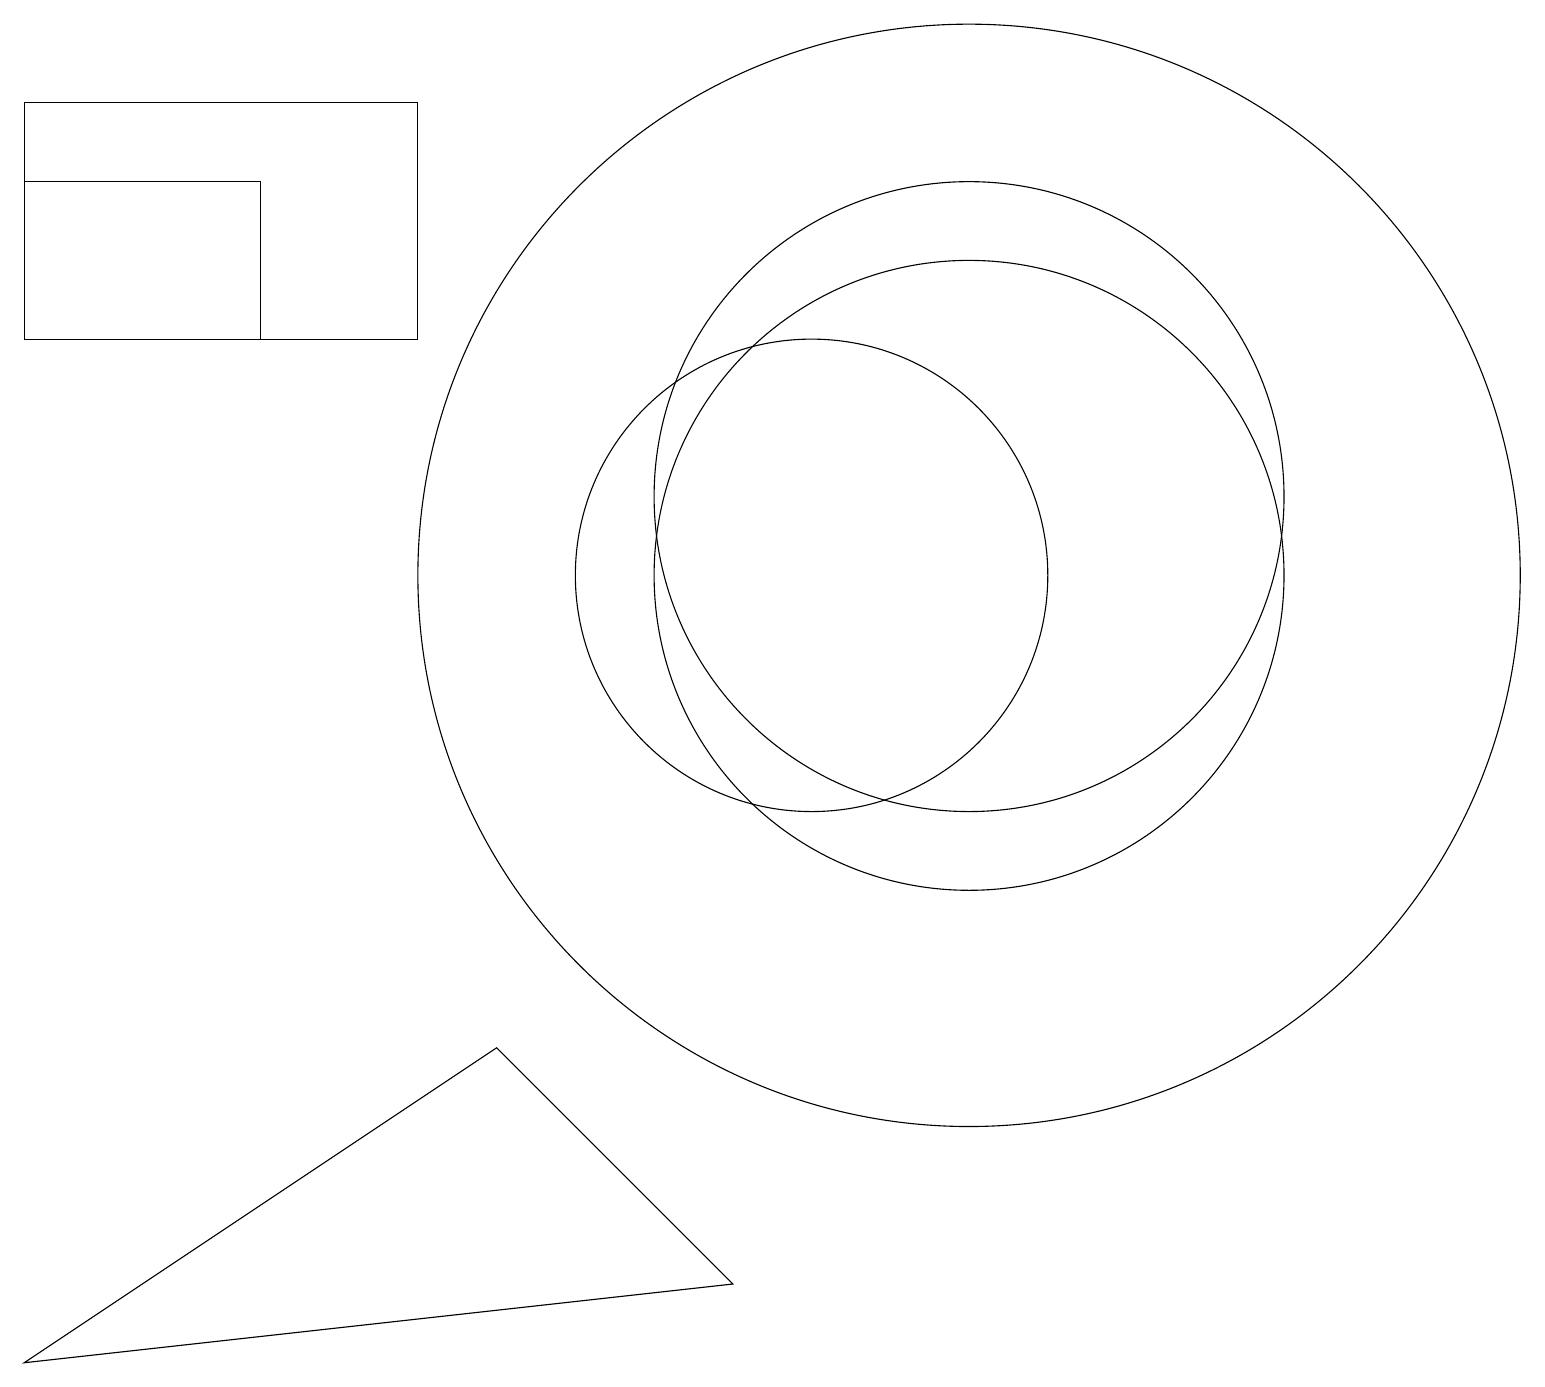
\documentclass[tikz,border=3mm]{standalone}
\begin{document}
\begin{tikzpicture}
\draw (12,10) circle (4);
\draw (3,15) rectangle (0,13);
\draw (6,4) -- (0,0) -- (9,1) -- cycle;
\draw (0,16) rectangle (5,13);
\draw (12,10) circle (7);
\draw (10,10) circle (3);
\draw (12,11) circle (4);
\draw (10,11) circle (0);
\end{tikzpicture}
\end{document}